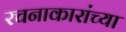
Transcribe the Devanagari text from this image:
रचनाकारांच्या